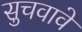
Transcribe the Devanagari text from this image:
सुचवावे